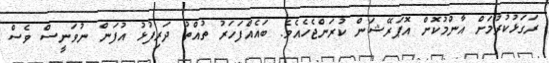
ރަގަޅުކުރުމަށް އާންމުކޮށް އޮޕަރޭޝަން ކުރަންޖެހެއެވެ. ބައެއްފަހަރު ތުއްތު ދަރިފުޅު އުފަން ނުވަނީސް ވެސް